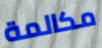
مكالمة